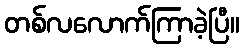
တစ်လလောက်ကြာခဲ့ပြီ။